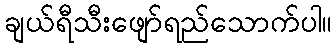
ချယ်ရီသီးဖျော်ရည်သောက်ပါ။